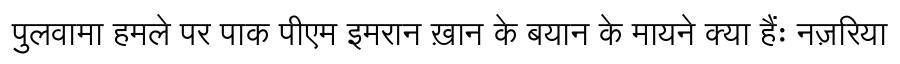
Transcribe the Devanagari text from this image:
पुलवामा हमले पर पाक पीएम इमरान ख़ान के बयान के मायने क्या हैंः नज़रिया